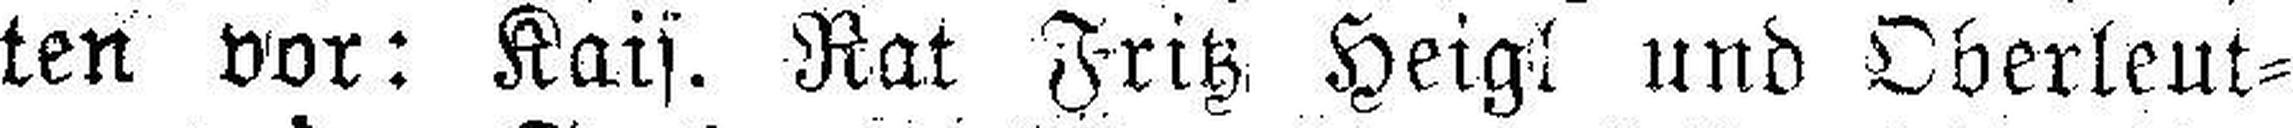
ten vor: Kais. Rat Fritz Heigl und Oberleut¬